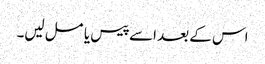
اس کے بعد اسے پیس یا مسل لیں۔